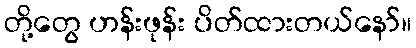
တို့တွေ ဟန်းဖုန်း ပိတ်ထားတယ်နော်။